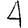
Digit: 4